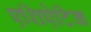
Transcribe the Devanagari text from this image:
एशिऐटिक